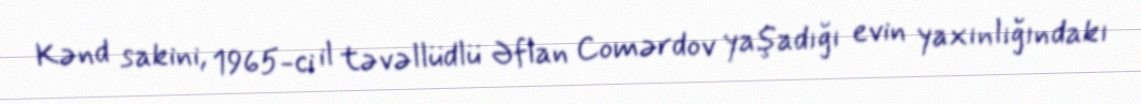
Kənd sakini, 1965-ci il təvəllüdlü Əflan Comərdov yaşadığı evin yaxınlığındakı